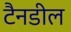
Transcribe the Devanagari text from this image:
टैनडील